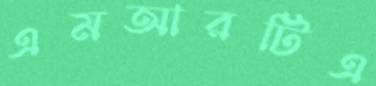
এমআরটিএ